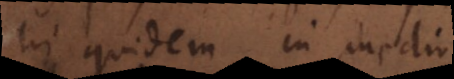
hi quidem in medio